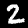
Label: 2